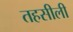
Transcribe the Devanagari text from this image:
तहसीली